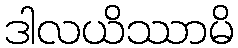
ဒါလယိဿာမိ